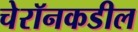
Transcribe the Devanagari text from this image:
चेरॉनकडील